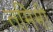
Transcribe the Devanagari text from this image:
तमिमी